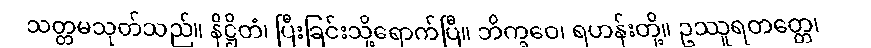
သတ္တမသုတ်သည်။ နိဋ္ဌိတံ၊ ပြီးခြင်းသို့ရောက်ပြီ။ ဘိက္ခဝေ၊ ရဟန်းတို့။ ဥဿူရတတ္တေ၊